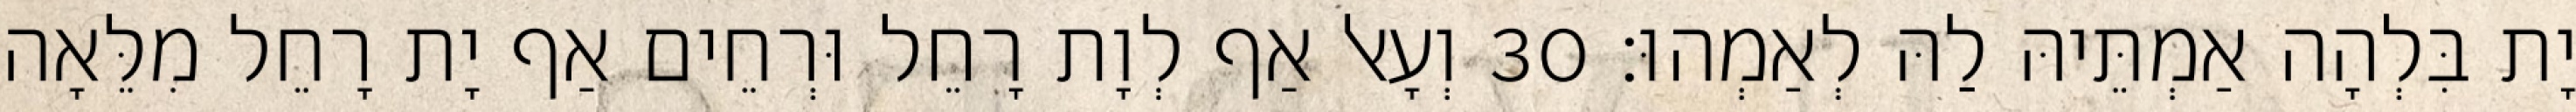
יָת בִּלְהָה אַמְתֵּיהּ לַהּ לְאַמְהוּ׃ 30 וְעָאל אַף לְוָת רָחֵל וּרְחֵים אַף יָת רָחֵל מִלֵּאָה